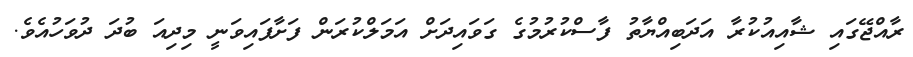
ރާއްޖޭގައި ޝާއިއުކުރާ އަދަބިއްޔާތު ފާސްކުރުމުގެ ގަވައިދަށް އަމަލްކުރަން ފަށާފައިވަނީ މިދިއަ ބުދަ ދުވަހުއެވެ.